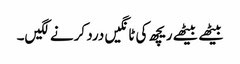
بیٹھے بیٹھے ریچھ کی ٹانگیں درد کرنے لگیں۔